Haapsalu_Metskond, lk 26
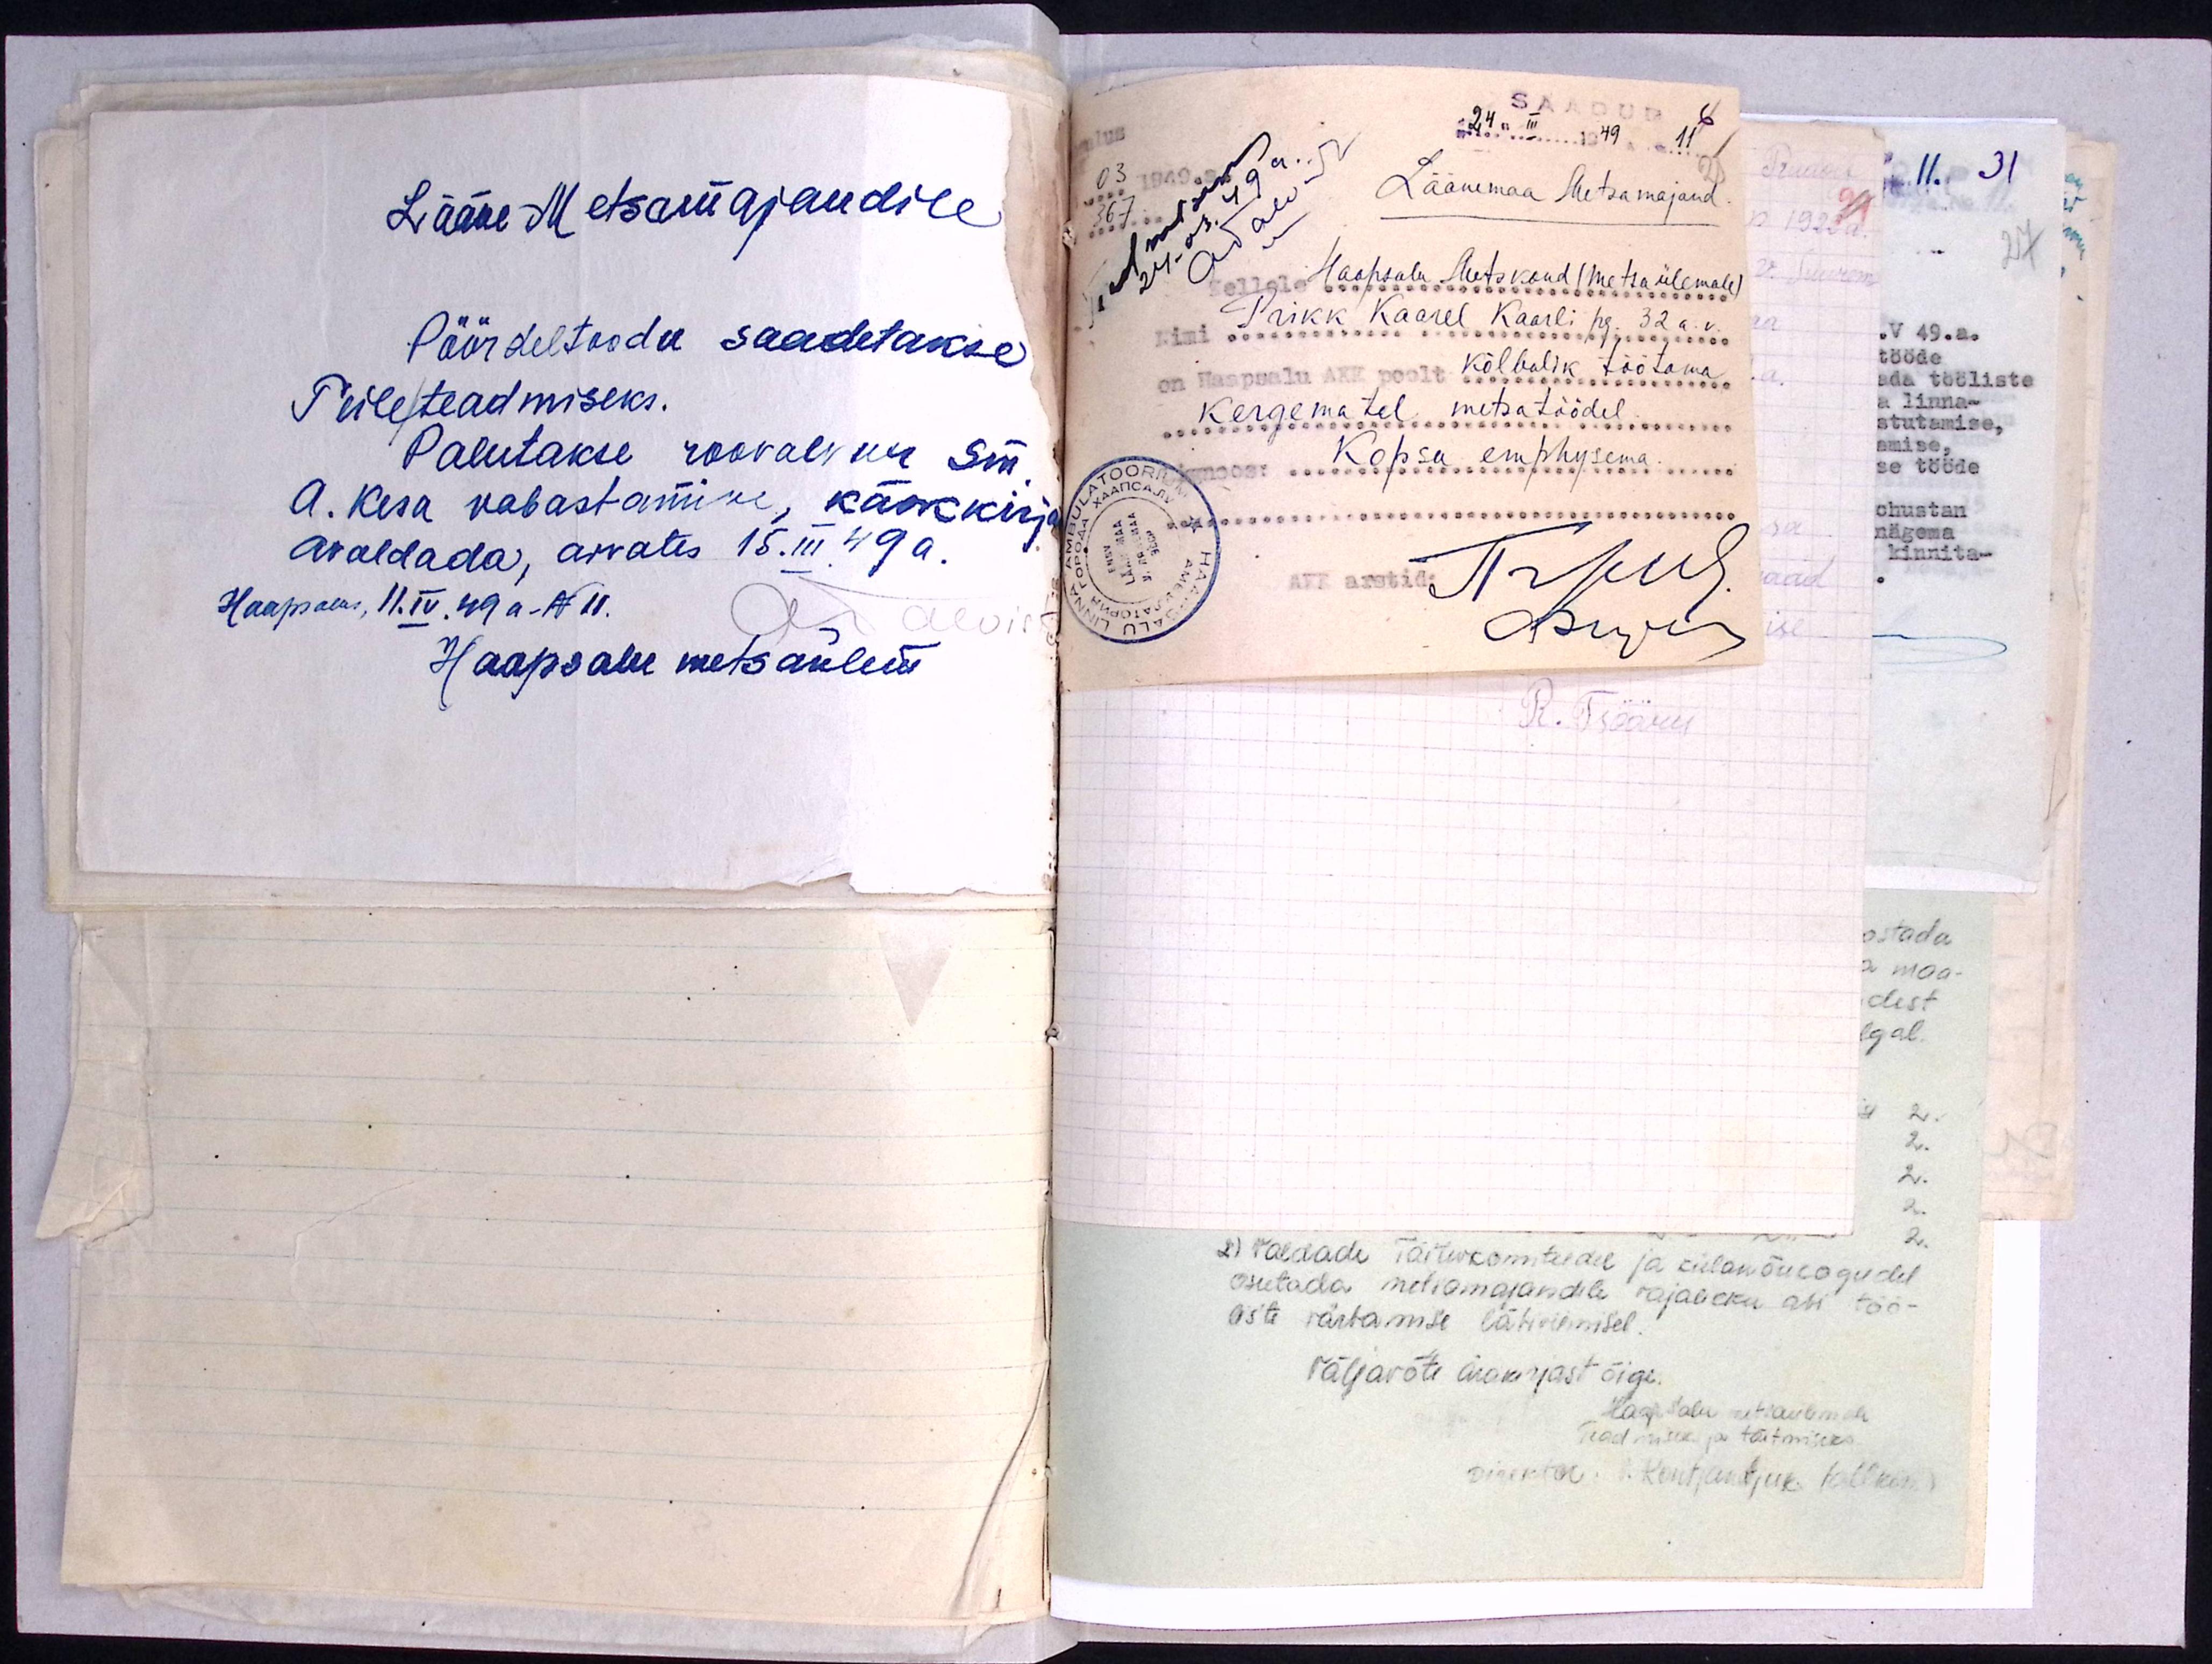
Lääne Metsamajandile
Pöördeltoodu saadetakse
Teile teadmiseks.
Palutakse roovalvur sm.
A. Kesa vabastamine, käskkirja
avaldada, arvates 15.III.49a.
Haapsalus, 11.IV.49 a - N11
ATalviste
Haapsalu metsaülem

SAADUD 6
"24" III 1949 11
25
03 1949
367
Teadmiseks
24.03.49a.
Läänemaa Metsamajand.
Sellele Haapsalu Metskond (Metsaülemale)
Nimi Prikk Kaarel Kaarli pg. 32 a. v.
on Haapsalu AKK poolt kõlbulik töötama
kergematel metsatöödel.
Kopsu emphysema.
--------------------------------------------------------------------
AKK arstid: